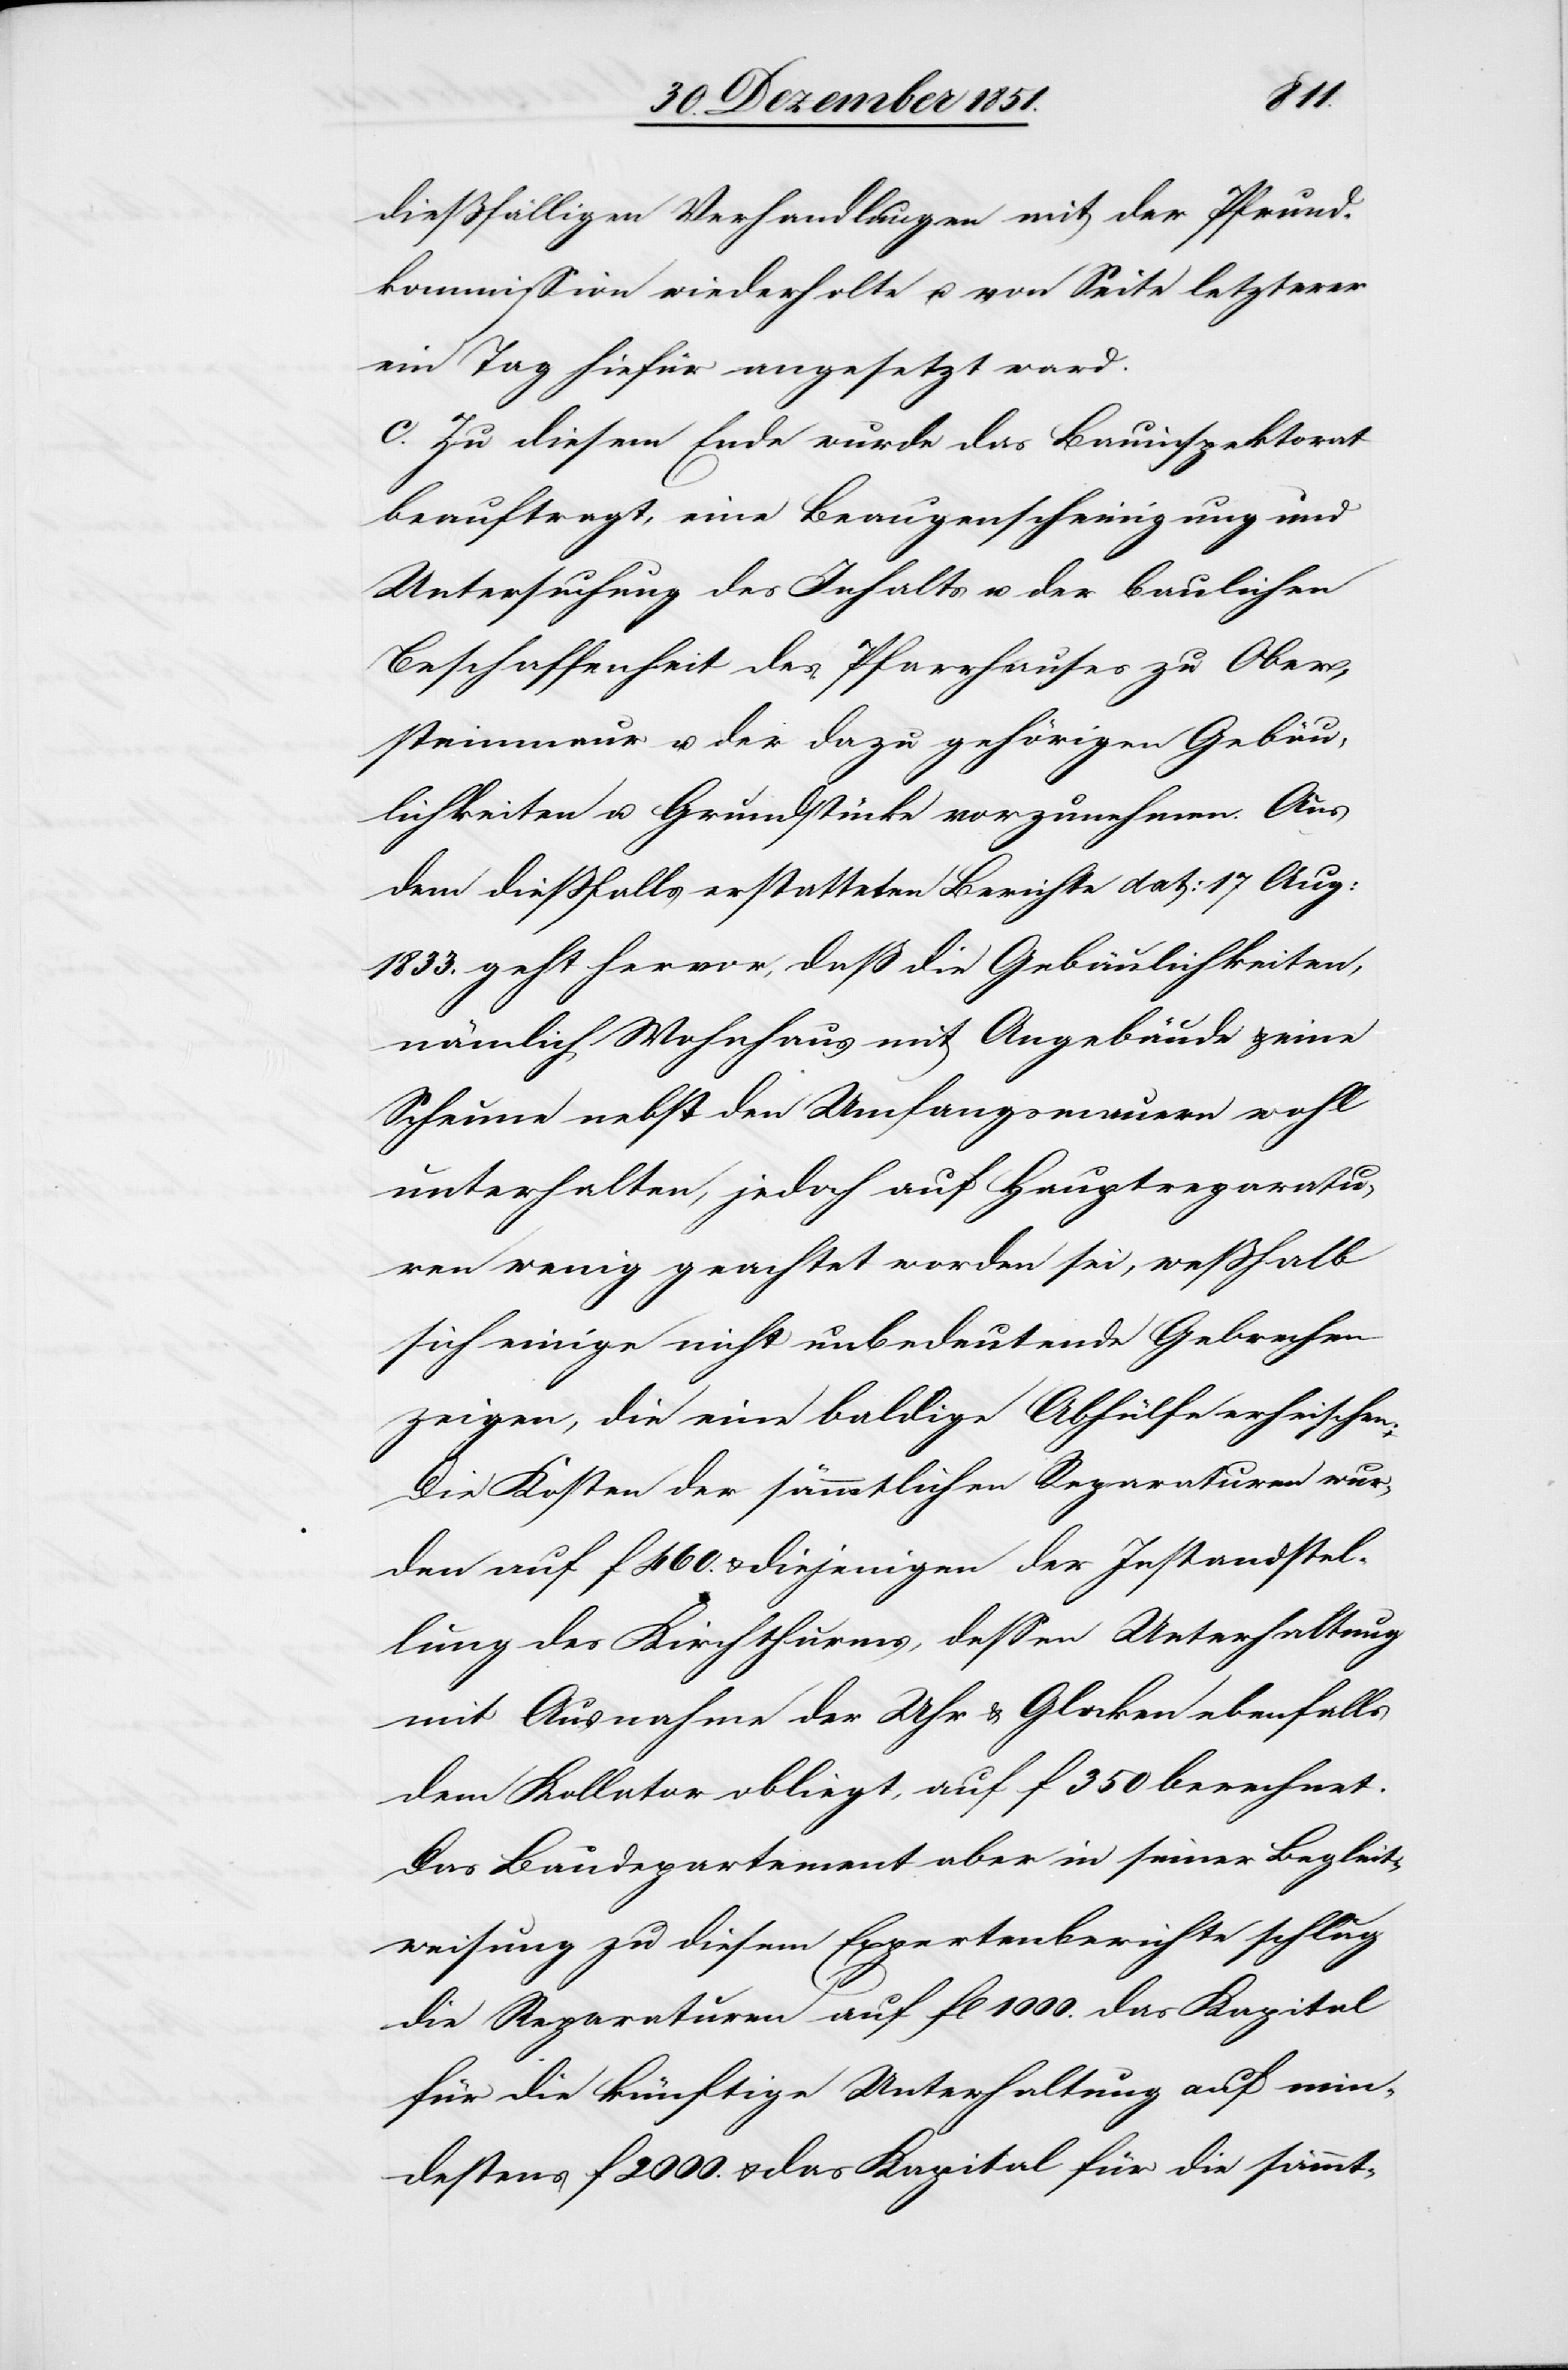
dießfälligen Verhandlungen mit der Pfrund¬
kommission wiederholte u. von Seite letzterer
ein Tag hiefür angesetzt ward.
c. Zu diesem Ende wurde das Bauinspektorat
beauftragt, eine Beaugenscheinigung und
Untersuchung des Inhalts u. der baulichen
Beschaffenheit des Pfarrhauses zu Ober¬
steinmaur u. der dazu gehörigen Gebäu¬
lichkeiten u. Grundstücke vorzunehmen. Aus
dem dießfalls erstatteten Berichte dat: 17 Aug:
1833. geht hervor, daß die Gebäulichkeiten,
nämlich Wohnhaus mit Angebäude & eine
Scheune nebst den Umfangsmauern wohl
unterhalten, jedoch auf Hauptreparatu¬
ren wenig geachtet worden sei, weßhalb
sich einige nicht unbedeutende Gebrechen
zeigen, die eine baldige Abhülfe erheischen.
Die Kosten der sämmtlichen Reparaturen wur¬
den auf f 460. & diejenigen der Instandstel¬
lung des Kirchthurms, dessen Unterhaltung
mit Ausnahme der Uhr & Glocken ebenfalls
dem Kollator obliegt, auf f 350 berechnet.
Das Baudepartement aber in seiner Begleit¬
weisung zu diesem Expertenberichte schlug
die Reparaturen auf fl 1000.[,] das Kapital
für die künftige Unterhaltung auf min¬
destens f 2000. & das Kapital für die sämmt-